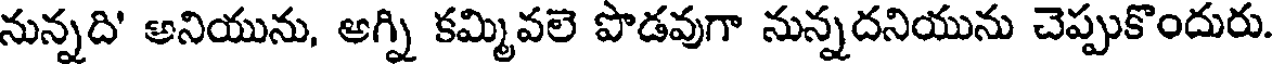
నున్నది' అనియును, అగ్ని కమ్మివలె పొడవుగా నున్నదనియును చెప్పుకొందురు.